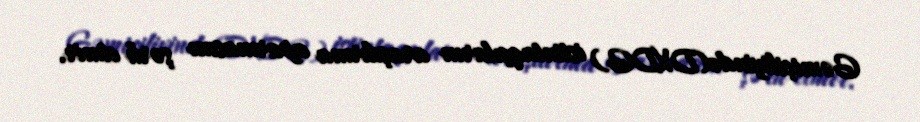
Gəmiçiliyində(DXDG) istintaqçıların araşdırma aparmasını şərh etmir.